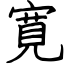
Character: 寛